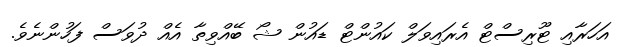
އަހަރާއި ޓޫރިސްޓް އެރައިވަލް ކައުންޓް ޑައުން ޝޯ ބޭއްވިތާ އެއް ދުވަސް ފަހުންނެވެ.